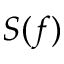
S ( f )